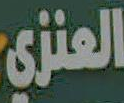
العنزي